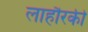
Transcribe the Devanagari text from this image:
लाहौरकी